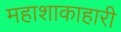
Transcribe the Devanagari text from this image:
महाशाकाहारी